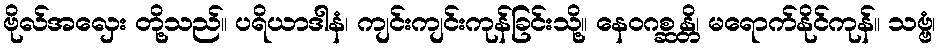
ဗိုလ်အလှေး တို့သည်။ ပရိယာဒါနံ၊ ကျင်းကျင်းကုန်ခြင်းသို့။ နေဝဂစ္ဆန္တိ၊ မရောက်နိုင်ကုန်။ သဗ္ဗံ၊